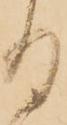
る